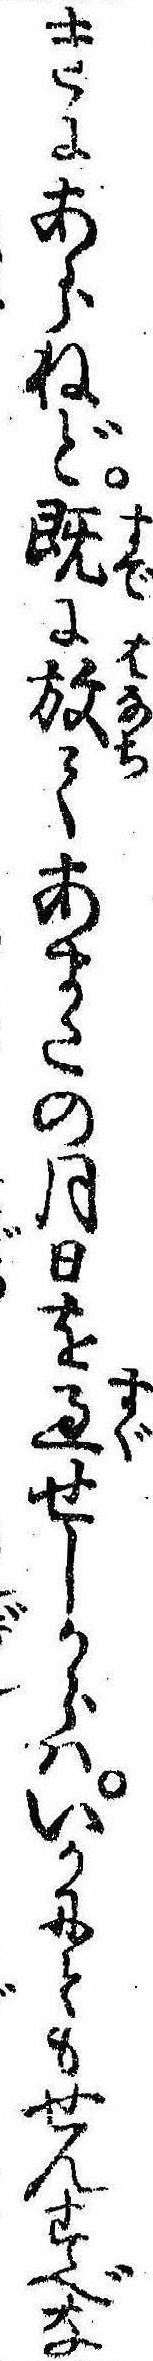
きにあらねど既に放てあまたの月日を過せしからはいかにともせんすべな